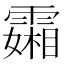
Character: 𬰍